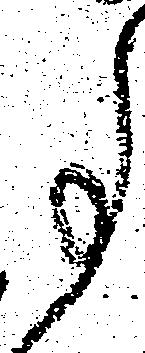
事